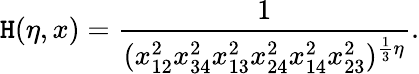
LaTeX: \mathtt{H}(\eta,x)=\frac{{1}}{{(x_{12}^{2}x_{34}^{2}x_{13}^{2}x_{24}^{2}x_{14}^{2}x_{23}^{2})^{\frac{{1}}{{3}}\eta}}}.